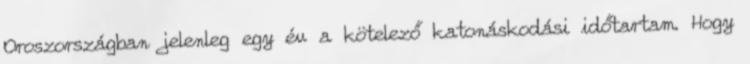
Oroszországban jelenleg egy év a kötelező katonáskodási időtartam. Hogy